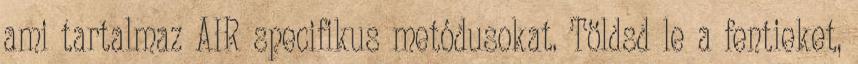
ami tartalmaz AIR specifikus metódusokat. Töldsd le a fentieket,